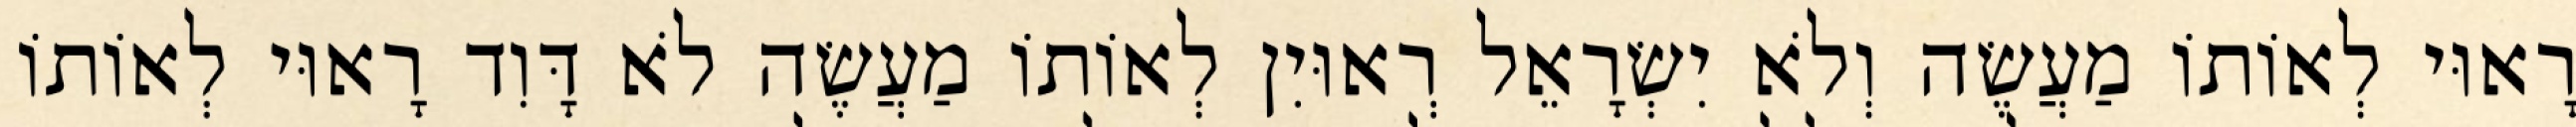
רָאוּי לְאוֹתוֹ מַעֲשֶׂה וְלֹא יִשְׂרָאֵל רְאוּיִן לְאוֹתוֹ מַעֲשֶׂה לֹא דָּוִד רָאוּי לְאוֹתוֹ